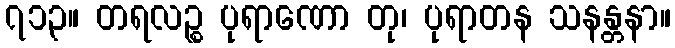
၇၁၃။ တရလဉ္စ ပုရာဏော တု၊ ပုရာတန သနန္တနာ။